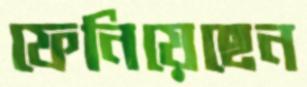
ফেনিয়েছেন